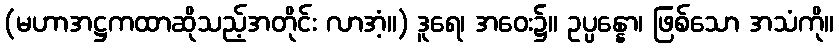
(မဟာအဋ္ဌကထာဆိုသည့်အတိုင်း လာအံ့။) ဒူရေ၊ အဝေး၌။ ဥပ္ပန္နော၊ ဖြစ်သော အသံကို။